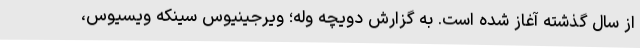
از سال گذشته آغاز شده است. به گزارش دویچه وله؛ ویرجینیوس سینکه ویسیوس،